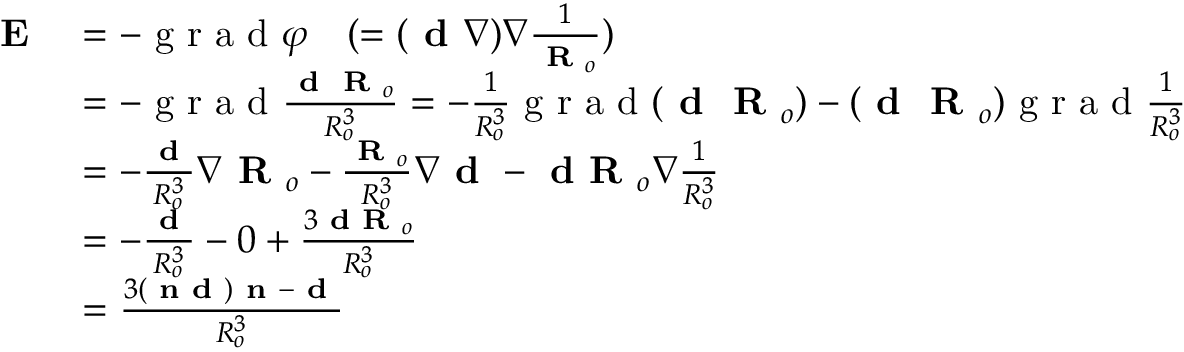
\begin{array} { r l } { \textbf { E } } & { = - \textrm { g r a d } \varphi \quad ( = ( \textbf { d } \nabla ) \nabla \frac { 1 } { \textbf { R } _ { o } } ) } \\ & { = - \textrm { g r a d } \frac { \textbf { d } \textbf { R } _ { o } } { R _ { o } ^ { 3 } } = - \frac { 1 } { R _ { o } ^ { 3 } } \textrm { g r a d } ( \textbf { d } \textbf { R } _ { o } ) - ( \textbf { d } \textbf { R } _ { o } ) \textrm { g r a d } \frac { 1 } { R _ { o } ^ { 3 } } } \\ & { = - \frac { \textbf { d } } { R _ { o } ^ { 3 } } \nabla \textbf { R } _ { o } - \frac { \textbf { R } _ { o } } { R _ { o } ^ { 3 } } \nabla \textbf { d } - \textbf { d R } _ { o } \nabla \frac { 1 } { R _ { o } ^ { 3 } } } \\ & { = - \frac { \textbf { d } } { R _ { o } ^ { 3 } } - 0 + \frac { 3 \textbf { d R } _ { o } } { R _ { o } ^ { 3 } } } \\ & { = \frac { 3 ( \textbf { n d } ) \textbf { n } - \textbf { d } } { R _ { o } ^ { 3 } } } \end{array}